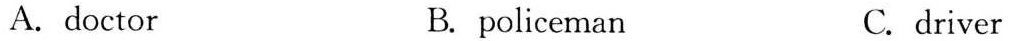
A. doctor B. policeman C. driver